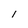
Character: l